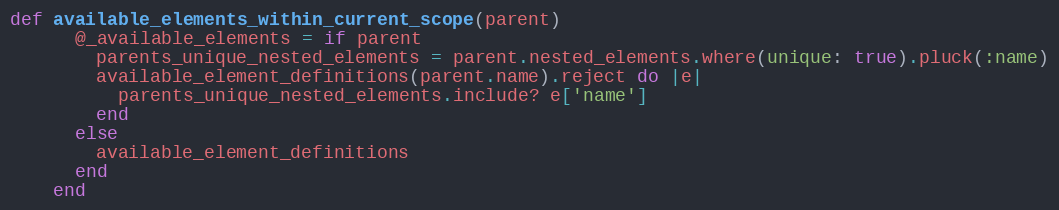
Language: Ruby
def available_elements_within_current_scope(parent)
      @_available_elements = if parent
        parents_unique_nested_elements = parent.nested_elements.where(unique: true).pluck(:name)
        available_element_definitions(parent.name).reject do |e|
          parents_unique_nested_elements.include? e['name']
        end
      else
        available_element_definitions
      end
    end